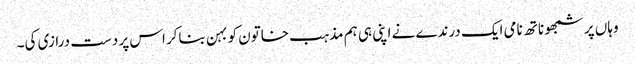
وہاں پر شمبھو ناتھ نامی ایک درندے نے اپنی ہی ہم مذہب خاتون کو بہن بناکر اس پر دست درازی کی۔